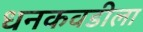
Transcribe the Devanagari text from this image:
धनकवडीला